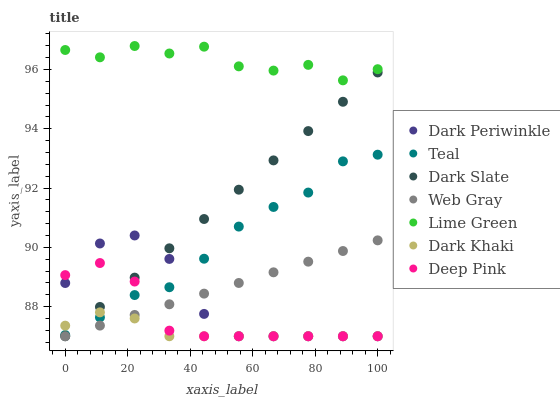
| xaxis_label | Dark Periwinkle | Teal | Dark Slate | Web Gray | Lime Green | Dark Khaki | Deep Pink |
 | --- | --- | --- | --- | --- | --- | --- | --- |
 | 0 | 88.8 | 87 | 87 | 87 | 96.7 | 87.4 | 89.1 |
 | 11.1 | 90.1 | 87.6 | 88 | 87.4 | 96.4 | 87.8 | 89.5 |
 | 22.2 | 90.4 | 88.4 | 89 | 87.7 | 96.8 | 87.6 | 88.8 |
 | 33.3 | 89.6 | 88.7 | 90 | 88.1 | 96.5 | 87 | 87.2 |
 | 44.4 | 87.8 | 89.6 | 91 | 88.4 | 96.8 | 87 | 87 |
 | 55.6 | 87 | 90.7 | 91.9 | 88.8 | 96.1 | 87 | 87 |
 | 66.7 | 87 | 91.4 | 92.9 | 89.2 | 96 | 87 | 87 |
 | 77.8 | 87 | 91.8 | 93.9 | 89.5 | 96.2 | 87 | 87 |
 | 88.9 | 87 | 92.9 | 94.9 | 89.9 | 95.6 | 87 | 87 |
 | 100 | 87 | 93.1 | 95.9 | 90.2 | 96 | 87 | 87 |